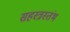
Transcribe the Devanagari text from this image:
सहस्त्रस्तंभ